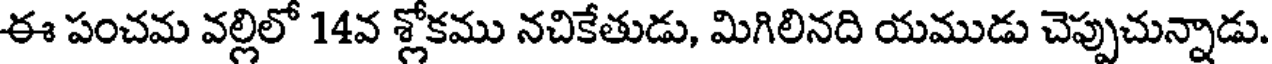
ఈ పంచమ వల్లిలో 14వ శ్లోకము నచికేతుడు, మిగిలినది యముడు చెప్పుచున్నాడు.